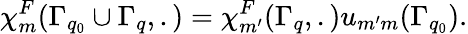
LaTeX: \chi_{m}^{F}(\Gamma_{q_{0}}\cup\Gamma_{q},.)=\chi_{m^{\prime}}^{F}(\Gamma_{q},.)u_{m^{\prime}m}(\Gamma_{q_{0}}).